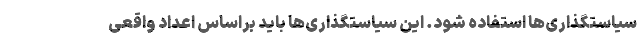
سیاستگذاری‌ها استفاده شود. این سیاستگذاری‌ها باید براساس اعداد واقعی